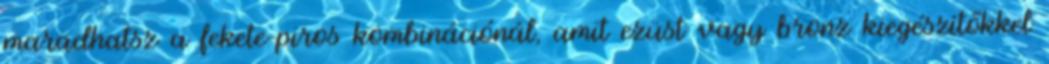
maradhatsz a fekete-piros kombinációnál, amit ezüst vagy bronz kiegészítőkkel